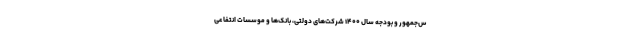
س‌جمهور و بودجه سال ۱۴۰۰ شرکت‌های دولتی، بانک‌ها و موسسات انتفاعی